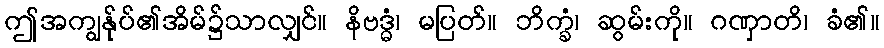
ဤအကျွန်ုပ်၏အိမ်၌သာလျှင်။ နိဗဒ္ဓံ၊ မပြတ်။ ဘိက္ခံ၊ ဆွမ်းကို။ ဂဏှာတိ၊ ခံ၏။